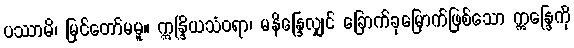
ပဿာမိ၊ မြင်တော်မမူ။ ဣန္ဒြိယသံဝရာ၊ မနိန္ဒြေလျှင် ခြောက်ခုမြောက်ဖြစ်သော ဣန္ဒြေကို